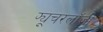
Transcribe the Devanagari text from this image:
फ्यूचरलॉजी